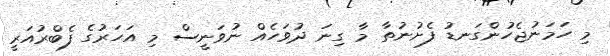
މި ހަމަނުޖެހުންގަނޑު ފެށުނުތާ މާ ގިނަ ދުވަހެއް ނުވަނީސް މި އަހަރުގެ ފެބްރުއަރީ